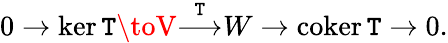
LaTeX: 0\to\ker\mathtt{T}\toV{\overset{\mathtt{T}}{\longrightarrow}}W\to\operatorname{coker}\mathtt{T}\to0.